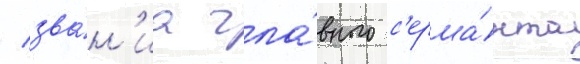
/ зва́н'иа гла́вного с'ержа́нта